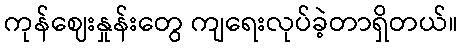
ကုန်ဈေးနှုန်းတွေ ကျရေးလုပ်ခဲ့တာရှိတယ်။